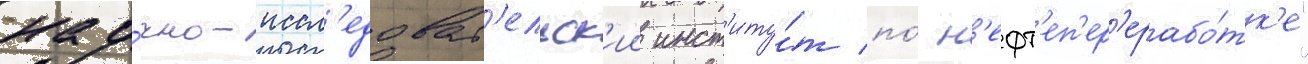
нау́чно-иссл'едоват'ельск'ии инст'иту́т по́ н'ефт'еп'ер'ерабо́тк'е"